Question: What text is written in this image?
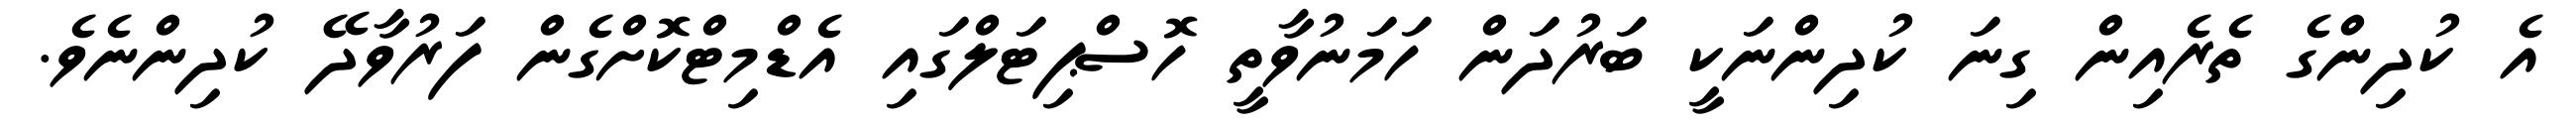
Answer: އެ ކުދިންގެ ތެރެއިން ގިނަ ކުދިންނަކީ ބަރުދަން ހަމަނުވާތީ ހޮސްޕިޓަލްގައި އެޑްމިޓްކޮށްގެން ފަރުވާދޭ ކުދިންނެވެ.